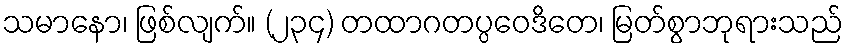
သမာနော၊ ဖြစ်လျက်။ (၂၃၄) တထာဂတပ္ပဝေဒိတေ၊ မြတ်စွာဘုရားသည်